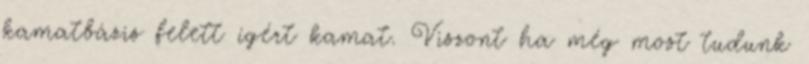
kamatbázis felett ígért kamat. Viszont ha még most tudunk